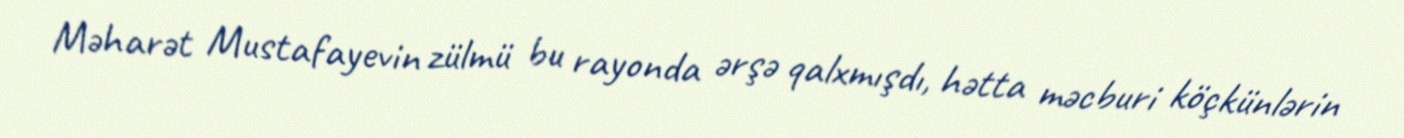
Məharət Mustafayevin zülmü bu rayonda ərşə qalxmışdı, hətta məcburi köçkünlərin